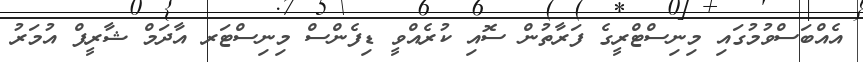
އެއްބަސްވުމުގައި މިނިސްޓްރީގެ ފަރާތުން ސޮއި ކުރެއްވީ ޑިފެންސް މިނިސްޓަރ އާދަމް ޝާރީފް އުމަރު